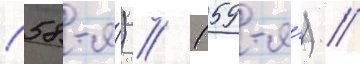
(58-я́) // (59-я́) //